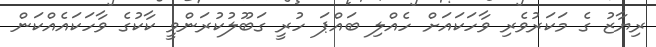
ރިޔާޒު ގެ މަކަރުވެރި ވާހަކައަށް ހެއްލި ބައްޕަ ހުރީ ގަބޫލުކުރަންވީ ކާކުގެ ވާހަކައެއްކަން